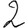
Digit: 2